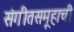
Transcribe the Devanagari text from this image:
संगीतसमूहाची